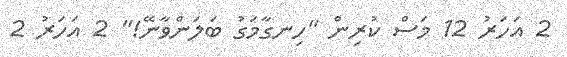
2 އަހަރު 12 މަސް ކުރިން "ހިނގާމަގު ބަލަންވާނޭ!" 2 އަހަރު 2